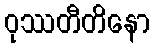
ဝုဿတီတိနော